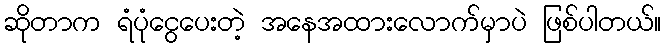
ဆိုတာက ရံပုံငွေပေးတဲ့ အနေအထားလောက်မှာပဲ ဖြစ်ပါတယ်။